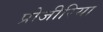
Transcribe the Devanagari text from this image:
प्रोजीरिया